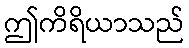
ဤကိရိယာသည်